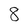
Character: 8